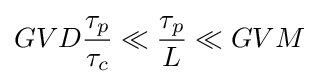
GVD{\frac {\tau _{p}}{\tau _{c}}}\ll {\frac {\tau _{p}}{L}}\ll GVM